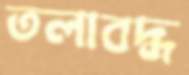
তলাবদ্ধ